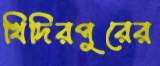
খিদিরপুরের